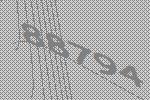
88794